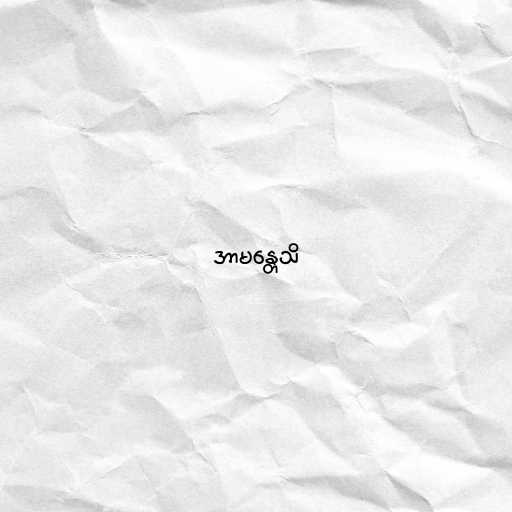
အာမန္တေသိ